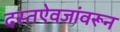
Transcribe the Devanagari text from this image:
दस्तऐवजांवरून